Report on the lunatic asylums in Bengal - 1862-
Year: 1862
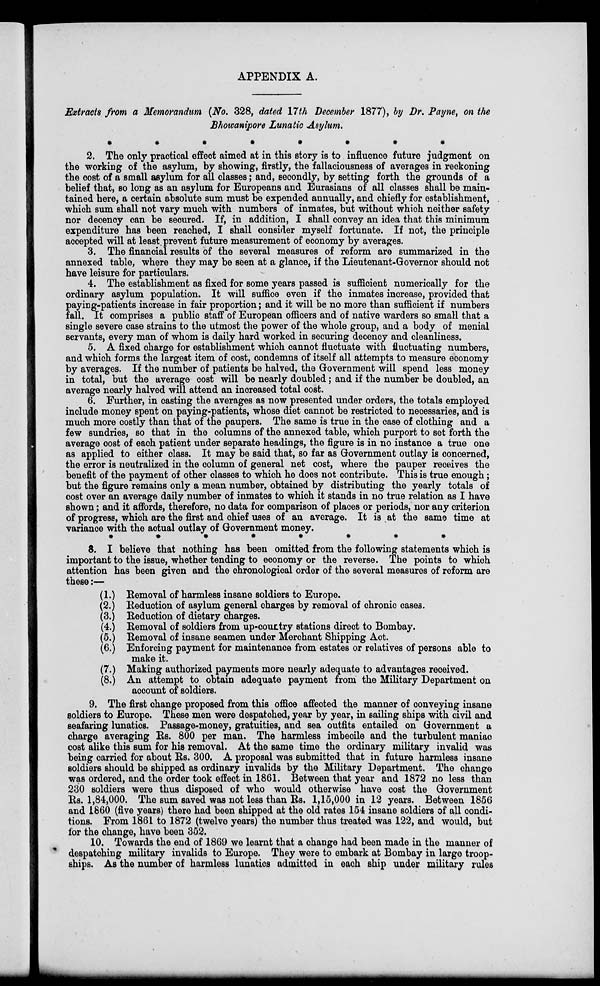
APPENDIX A.
Extracts from a Memorandum (No. 328, dated 17th December 1877), by Dr. Payne, on the
Bhowanipore Lunatic Asylum.
*
*
*
*
*
*
*
*
2. The only practical effect aimed at in this story is to influence future judgment on
the working of the asylum, by showing, firstly, the fallaciousness of averages in reckoning
the cost of a small asylum for all classes; and, secondly, by setting forth the grounds of a
belief that, so long as an asylum for Europeans and Eurasians of all classes shall be main-
tained here, a certain absolute sum must be expended annually, and chiefly for establishment,
which sum shall not vary much with numbers of inmates, but without which neither safety
nor decency can be secured. If, in addition, I shall convey an idea that this minimum
expenditure has been reached, I shall consider myself fortunate. If not, the principle
accepted will at least prevent future measurement of economy by averages.
3. The financial results of the several measures of reform are summarized in the
annexed table, where they may be seen at a glance, if the Lieutenant-Governor should not
have leisure for particulars.
4. The establishment as fixed for some years passed is sufficient numerically for the
ordinary asylum population. It will suffice even if the inmates increase, provided that
paying-patients increase in fair proportion; and it will be no more than sufficient if numbers
fall. It comprises a public staff of European officers and of native warders so small that a
single severe case strains to the utmost the power of the whole group, and a body of menial
servants, every man of whom is daily hard worked in securing decency and cleanliness.
5. A fixed charge for establishment which cannot fluctuate with fluctuating numbers,
and which forms the largest item of cost, condemns of itself all attempts to measure economy
by averages. If the number of patients be halved, the Government will spend less money
in total, but the average cost will be nearly doubled; and if the number be doubled, an
average nearly halved will attend an increased total cost.
6. Further, in casting the averages as now presented under orders, the totals employed
include money spent on paying-patients, whose diet cannot be restricted to necessaries, and is
much more costly than that of the paupers. The same is true in the case of clothing and a
few sundries, so that in the columns of the annexed table, which purport to set forth the
average cost of each patient under separate headings, the figure is in no instance a true one
as applied to either class. It may be said that, so far as Government outlay is concerned,
the error is neutralized in the column of general net cost, where the pauper receives the
benefit of the payment of other classes to which he does not contribute. This is true enough;
but the figure remains only a mean number, obtained by distributing the yearly totals of
cost over an average daily number of inmates to which it stands in no true relation as I have
shown; and it affords, therefore, no data for comparison of places or periods, nor any criterion
of progress, which are the first and chief uses of an average. It is at the same time at
variance with the actual outlay of Government money.
*
*
*
*
*
*
*
*
8. I believe that nothing has been omitted from the following statements which is
important to the issue, whether tending to economy or the reverse. The points to which
attention has been given and the chronological order of the several measures of reform are
these:—
(1.) Removal of harmless insane soldiers to Europe.
(2.) Reduction of asylum general charges by removal of chronic cases.
(3.) Reduction of dietary charges.
(4.) Removal of soldiers from up-courtry stations direct to Bombay.
(5.) Removal of insane seamen under Merchant Shipping Act.
(6.) Enforcing payment for maintenance from estates or relatives of persons able to
make it.
(7.) Making authorized payments more nearly adequate to advantages received.
(8.) An attempt to obtain adequate payment from the Military Department on
account of soldiers.
9. The first change proposed from this office affected the manner of conveying insane
soldiers to Europe. These men were despatched, year by year, in sailing ships with civil and
seafaring lunatics. Passage-money, gratuities, and sea outfits entailed on Government a
charge averaging Rs. 800 per man. The harmless imbecile and the turbulent maniac
cost alike this sum for his removal. At the same time the ordinary military invalid was
being carried for about Rs. 300. A proposal was submitted that in future harmless insane
soldiers should be shipped as ordinary invalids by the Military Department. The change
was ordered, and the order took effect in 1861. Between that year and 1872 no less than
230 soldiers were thus disposed of who would otherwise have cost the Government
Rs. 1,84,000. The sum saved was not less than Rs. 1,15,000 in 12 years. Between 1856
and 1860 (five years) there had been shipped at the old rates 154 insane soldiers of all condi-
tions. From 1861 to 1872 (twelve years) the number thus treated was 122, and would, but
for the change, have been 352.
10. Towards the end of 1869 we learnt that a change had been made in the manner of
despatching military invalids to Europe. They were to embark at Bombay in large troop-
ships. As the number of harmless lunatics admitted in each ship under military rules